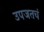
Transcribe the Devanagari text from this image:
उपजतचं